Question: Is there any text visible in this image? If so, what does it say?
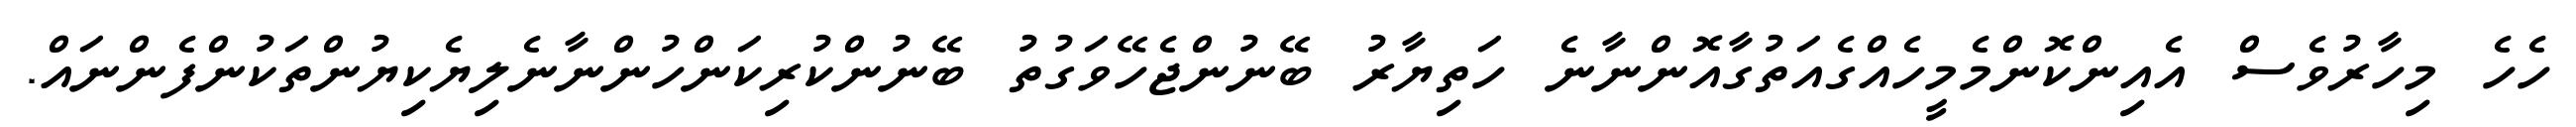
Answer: ހެހެ މިހާރުވެސް އެއިންކޮންމެމީހެއްގެއަތުގާއޮންނާނެ ހަތިޔާރު ބޭނުންޖެހޭވަގުތު ބޭނުންކުރިކަންހުންނާނެލިޔެކިޔުންތަކުންފެންނައް.